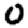
Digit: 0